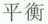
平衡